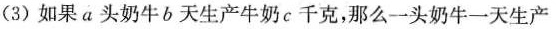
(3)如果a头奶牛b天生产牛奶c千克，那么-一头奶牛一天生产